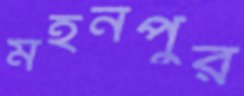
মহনপুর